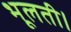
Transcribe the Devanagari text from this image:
भूलती।